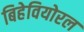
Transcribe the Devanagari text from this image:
बिहेवियोरल